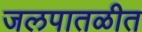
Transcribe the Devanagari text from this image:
जलपातळीत